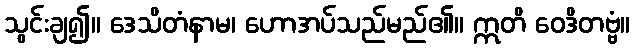
သွင်းချ၍။ ဒေသိတံနာမ၊ ဟောအပ်သည်မည်၏။ ဣတိ ဝေဒိတဗ္ဗံ။